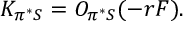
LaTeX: K _ { \pi ^ { * } { \cal S } } = { \cal O } _ { \pi ^ { * } { \cal S } } ( - r F ) .